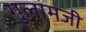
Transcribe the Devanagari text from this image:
गुलामजी